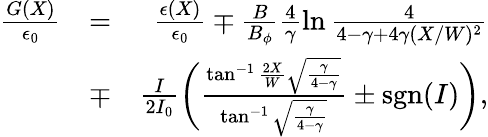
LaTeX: \begin{array}{rlr}{\frac{G(X)}{\epsilon_{0}}}&{=}&{\frac{\epsilon(X)}{\epsilon_{0}}\mp\frac{B}{B_{\phi}}\frac{4}{\gamma}\ln\frac{4}{4-\gamma+4\gamma(X/W)^{2}}}\\ &{\mp}&{\frac{I}{2I_{0}}\biggl(\frac{\tan^{-1}\frac{2X}{W}\sqrt{\frac{\gamma}{4-\gamma}}}{\tan^{-1}\sqrt{\frac{\gamma}{4-\gamma}}}\pm\mathrm{sgn}(I)\biggr),}\end{array}